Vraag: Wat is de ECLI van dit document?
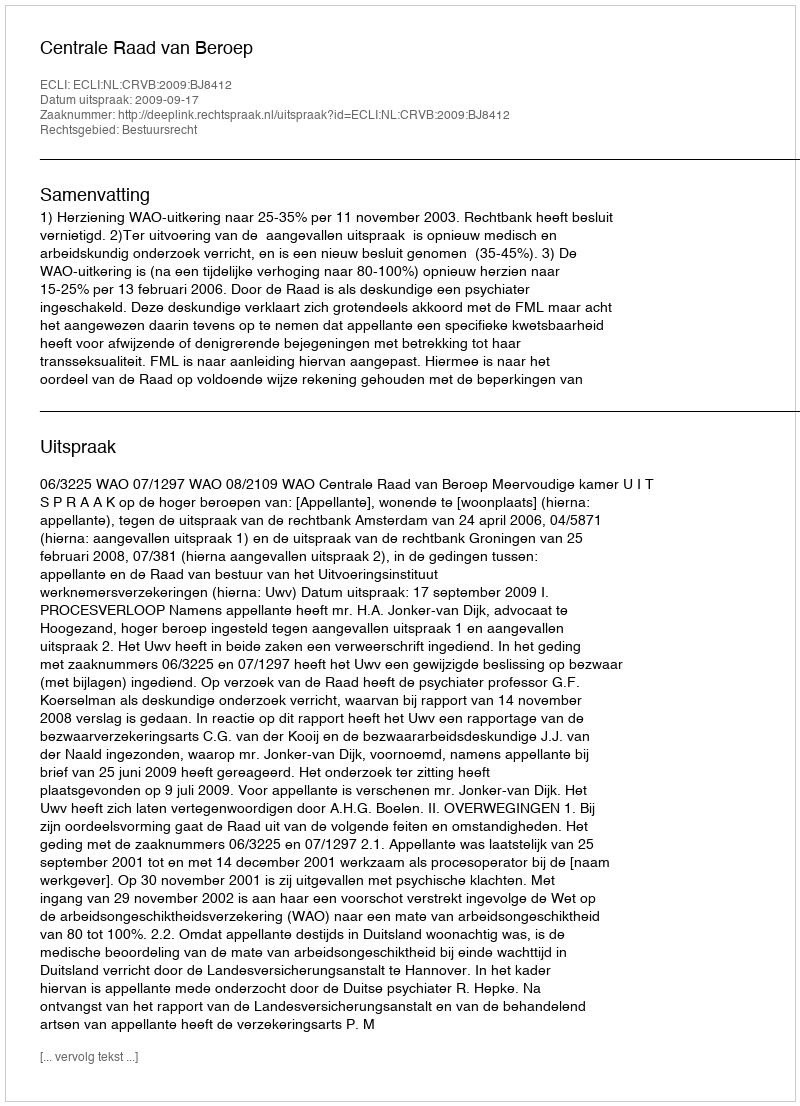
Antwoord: ECLI:NL:CRVB:2009:BJ8412